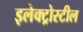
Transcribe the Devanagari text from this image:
इलेक्ट्रोस्टील